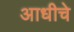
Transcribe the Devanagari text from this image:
अाधीचे